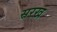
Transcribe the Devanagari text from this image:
सरख